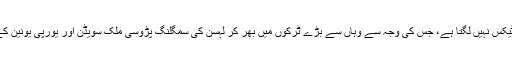
ناروے میں لہسن پر کوئی درآمد ٹیکس نہیں لگتا ہے، جس کی وجہ سے وہاں سے بڑے ٹرکوں میں بھر کر لہسن کی سمگلنگ پڑوسی ملک سویڈن اور یورپی یونین کے دیگر ممالک میں کی جاتی ہے۔